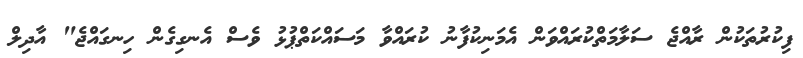
ފިކުރުތަކުން ރާއްޖެ ސަލާމަތްކުރައްވަން އެމަނިކުފާނު ކުރައްވާ މަސައްކަތްޕުޅު ވެސް އެނގިގެން ހިނގައްޖެ" އާދިލް